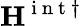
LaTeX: {\mathbf{H}}^{\mathrm{~i~n~t~}\dagger}